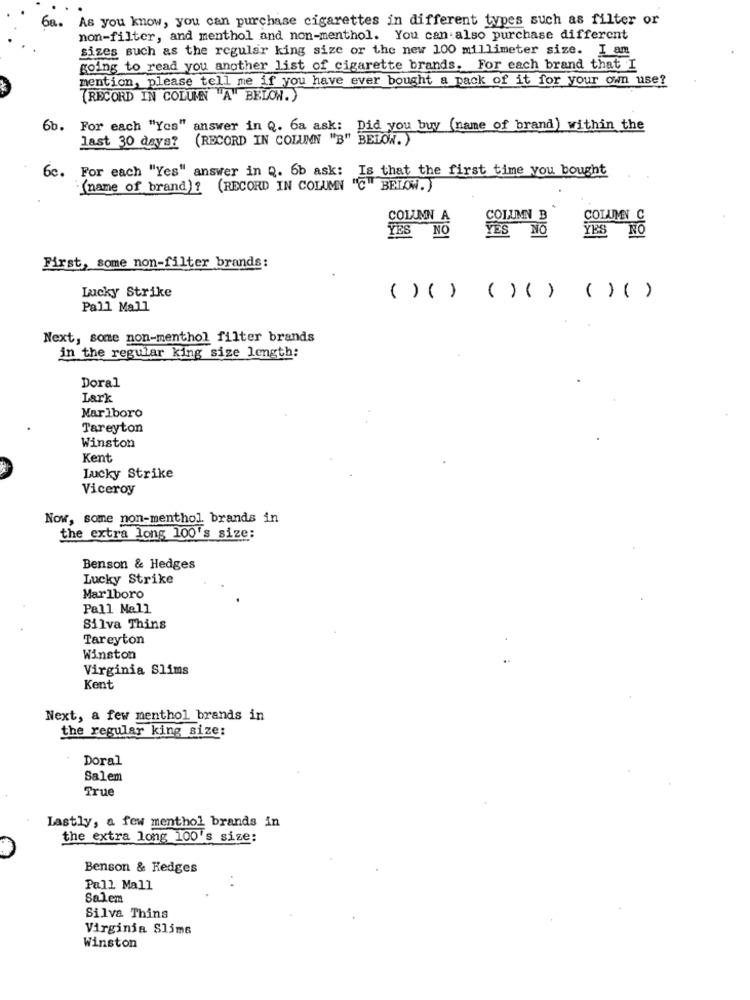
As you know, you can purchase cigarettes in different types such as filter or
non-filter, and menthol and non-menthol. You can also purchase different
sizes such as the regular king size or the new 100 millimeter size. I am
going to read you another list of cigarette brands. For each brand that I
mention, please tell me if you have ever bought a pack of it for your own use?
(RECORD IN COLUMN "A" BELOW.)
6b.
For each "Yes" answer in Q. 6a ask: Did you buy (name of brand) within the
last 30 days? (RECORD IN COLUMN "B" BELOW.)
6c.
For each "Yes" answer in Q. 6b ask:
Is that the first time you bought
(name of brand]? (RECORD IN COLUMN "C"
BELOW.)
COLUMN A
COLUMN B
COLUMN C
YES NO
YES NO
YES NO
First, some non-filter brands:
Lucky Strike
( ) ( ) ( ) ( ) ( ) ( )
Pall Mall
Next, some non-menthol filter brands
in the regular king size length:
Doral
Lark
Marlboro
Tareyton
Winston
Kent
Lucky Strike
Viceroy
Now, some non-menthol brands in
the extra long 100's size:
Benson & Hedges
Lucky Strike
Marlboro
Pall Mall
Silva Thins
Tareyton
Winston
Virginia Slims
Kent
Next, a few menthol brands in
the regular king size:
Doral
Salem
True
Lastly, a few menthol brands in
the extra long 100's size:
Benson & Hedges
Pall Mall
Salem
Silva Thins
Virginia Slime
Winston